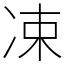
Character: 凁